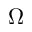
\boldsymbol { \Omega }